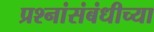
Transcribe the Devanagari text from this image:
प्रश्नांसंबंधीच्या